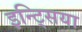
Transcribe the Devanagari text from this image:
इन्ट्सिया